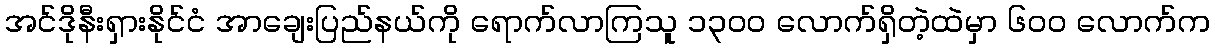
အင်ဒိုနီးရှားနိုင်ငံ အာချေးပြည်နယ်ကို ရောက်လာကြသူ ၁၃ဝဝ လောက်ရှိတဲ့ထဲမှာ ၆ဝဝ လောက်က